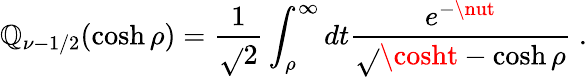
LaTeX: \mathbb{Q}_{\nu-1/2}(\cosh\rho)=\frac{{1}}{{\sqrt{}{{2}}}}\int_{\rho}^{\infty}dt\frac{{e^{-\nut}}}{{\sqrt{}{{\cosht-\cosh\rho}}}}\ .